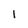
Character: 1